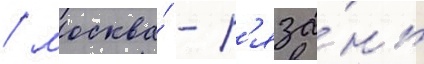
/ москва́ - р'яза́нь